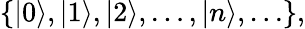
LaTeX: \left\{ \left|0\right\rangle,\left|1\right\rangle,\left|2\right\rangle,\ldots,\left|n\right\rangle,\ldots\right\} ,